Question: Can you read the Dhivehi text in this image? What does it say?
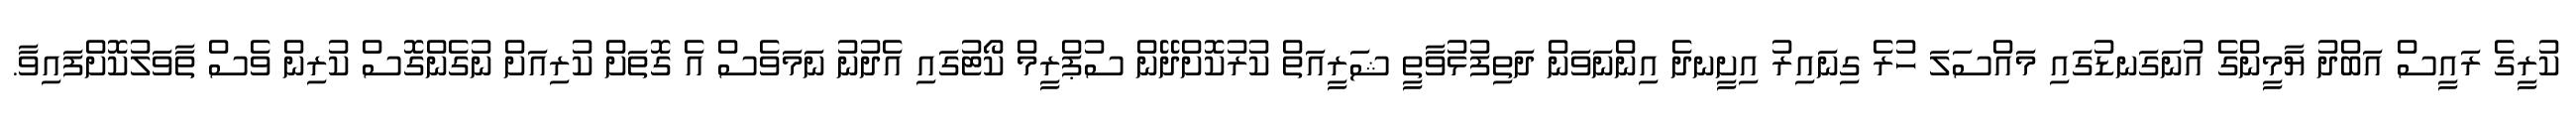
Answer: ކުރީގެ ރައީސް އަބްދު ޔާމީންގެ އުނަގަނޑުގައި މައްސަލަ ހުރެ ގިނައިރު އިށީނދެ އިންނަވަން ދަތިފުޅުވާތީ ޝަރީއަތް ކުރުކޮށްދޭން ސުޕްރީމް ކޯޓުގައި އެދުނު ނަމަވެސް އެ ގޮތަށް ކުރިއަށް ނުގެންގޮސް ކުރިން ވެސް ތާވަލުކޮށްފައިވާ.